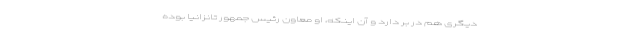
دیگری هم در بر دارد و آن اینکه، او معاون رئیس جمهور تانزانیا بوده